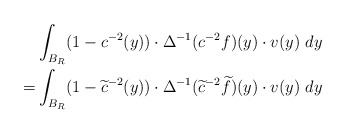
\begin{align*}& \int_{B_R} (1-c^{-2}(y))\cdot \Delta^{-1}(c^{-2}f)(y)\cdot v(y)\ dy\\=& \int_{B_R} (1-\widetilde{c}^{-2}(y))\cdot \Delta^{-1}(\widetilde{c}^{-2}\widetilde{f})(y)\cdot v(y)\ dy\end{align*}